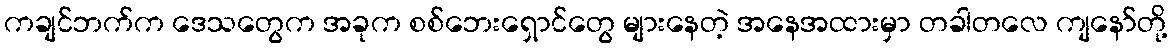
ကချင်ဘက်က ဒေသတွေက အခုက စစ်ဘေးရှောင်တွေ များနေတဲ့ အနေအထားမှာ တခါတလေ ကျနော်တို့